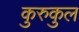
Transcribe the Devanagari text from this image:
कुरुकुल